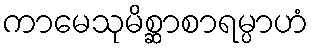
ကာမေသုမိစ္ဆာစာရမ္ပာဟံ